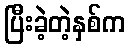
ပြီးခဲ့တဲ့နှစ်က